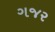
ગજર